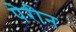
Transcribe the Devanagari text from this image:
पेरीन